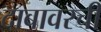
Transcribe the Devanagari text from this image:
दाबावरची